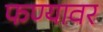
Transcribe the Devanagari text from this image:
फण्यावर